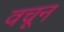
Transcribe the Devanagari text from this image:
वचून